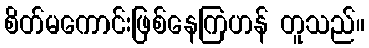
စိတ်မကောင်းဖြစ်နေကြဟန် တူသည်။